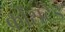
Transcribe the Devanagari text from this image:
क्रोंसटेड